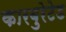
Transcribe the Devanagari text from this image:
कारबुरेटेड